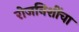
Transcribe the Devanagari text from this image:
रोजनिशींचा